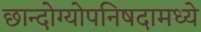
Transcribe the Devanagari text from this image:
छान्दोग्योपनिषदामध्ये